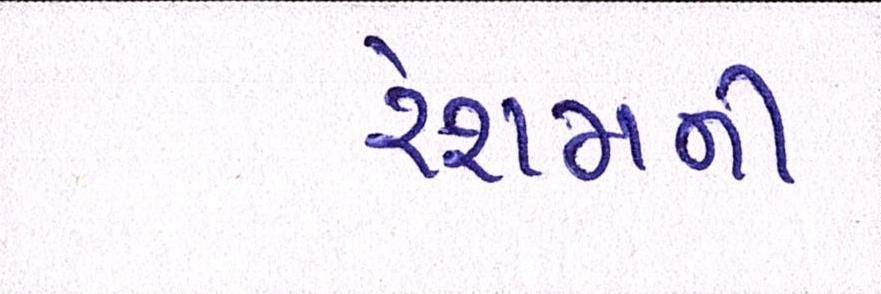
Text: રેશમની